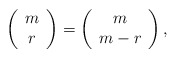
\begin{align*}\left( \begin{array}{c} m \\ r \end{array} \right) = \left( \begin{array}{c} m \\ m-r \end{array} \right),\end{align*}